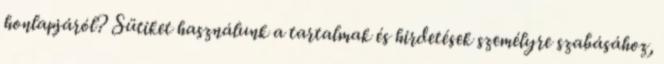
honlapjáról? Sütiket használunk a tartalmak és hirdetések személyre szabásához,